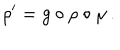
\rho ^ { \prime } = g \circ \rho \circ \mu \, .